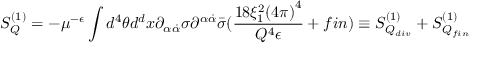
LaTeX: S _ { Q } ^ { ( 1 ) } = - \mu ^ { - \epsilon } \int d ^ { 4 } \theta d ^ { d } x \partial _ { \alpha \dot { \alpha } } \sigma \partial ^ { \alpha \dot { \alpha } } \bar { \sigma } ( \frac { 1 8 \xi _ { 1 } ^ { 2 } { ( 4 \pi ) } ^ { 4 } } { Q ^ { 4 } \epsilon } + f i n ) \equiv S _ { Q _ { d i v } } ^ { ( 1 ) } + S _ { Q _ { f i n } } ^ { ( 1 ) }